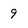
Character: 9